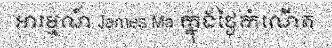
អារម្មណ៍ James Ma ក្នុងថ្ងៃកំណើត